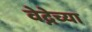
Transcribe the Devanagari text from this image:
वेद्नेच्या